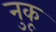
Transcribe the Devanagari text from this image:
नुकू